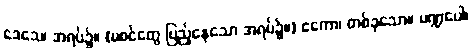
ဒေသေ၊ အရပ်၌။ (မစင်တွေ ပြည့်နေသော အရပ်၌။) ဧကော၊ တစ်ခုသော။ မဏ္ဍပေါ၊